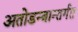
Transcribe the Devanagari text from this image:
अतोडन्त्रान्तर्गत